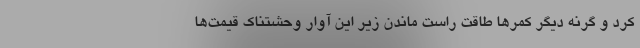
کرد و گرنه دیگر کمرها طاقت راست ماندن زیر این آوار وحشتناک قیمت‌ها